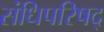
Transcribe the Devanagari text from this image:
संधिपरिषद्